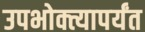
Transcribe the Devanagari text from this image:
उपभोक्त्यापर्यंत